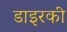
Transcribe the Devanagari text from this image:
डाइरकी